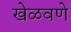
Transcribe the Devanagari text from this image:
खेळवणे